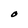
Character: O